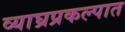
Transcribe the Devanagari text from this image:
व्याघ्रप्रकल्पात